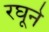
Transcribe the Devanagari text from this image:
रघूने